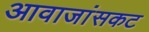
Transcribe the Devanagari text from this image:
आवाजांसकट